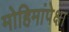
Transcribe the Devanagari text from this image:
मोहिमांपेक्षा